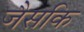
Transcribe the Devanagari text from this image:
जैसकि